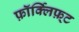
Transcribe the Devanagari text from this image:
फ़ॉर्क्लिफ़्ट